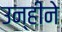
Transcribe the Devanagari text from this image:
उन्हीने